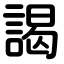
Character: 謁